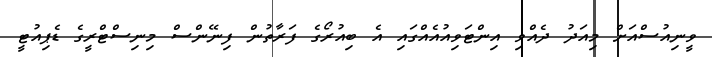
ވީނިއުސްއަށް މިއަދު ދެއްވި އިންޓަވިއުއެއްގައި އެ ބިއުރޯގެ ފަރާތުން ފިނޭންސް މިނިސްޓްރީގެ ޑެޕިއުޓީ